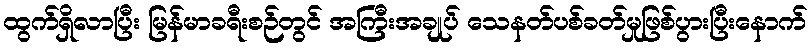
ထွက်ရှိလာပြီး မြန်မာခရီးစဉ်တွင် အကြီးအချုပ် သေနတ်ပစ်ခတ်မှုဖြစ်ပွားပြီးနောက်